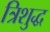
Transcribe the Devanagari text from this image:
त्रिशुद्ध